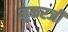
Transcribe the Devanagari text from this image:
मुकरजी